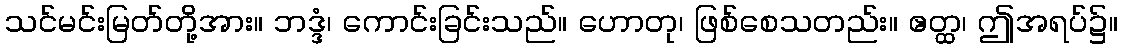
သင်မင်းမြတ်တို့အား။ ဘဒ္ဒံ၊ ကောင်းခြင်းသည်။ ဟောတု၊ ဖြစ်စေသတည်း။ ဧတ္ထ၊ ဤအရပ်၌။